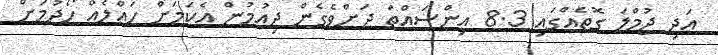
އަދި ޖުމްލަ ގޮތެއްގައި 8.3 އިންސައްތަ ދަށްވެގެން ދިއުމުން އެކަމަށް ހައްލެއް ހޯދުމަށް